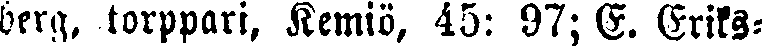
berg, torppari, Kemiö, 45: 97; E. Eriks-